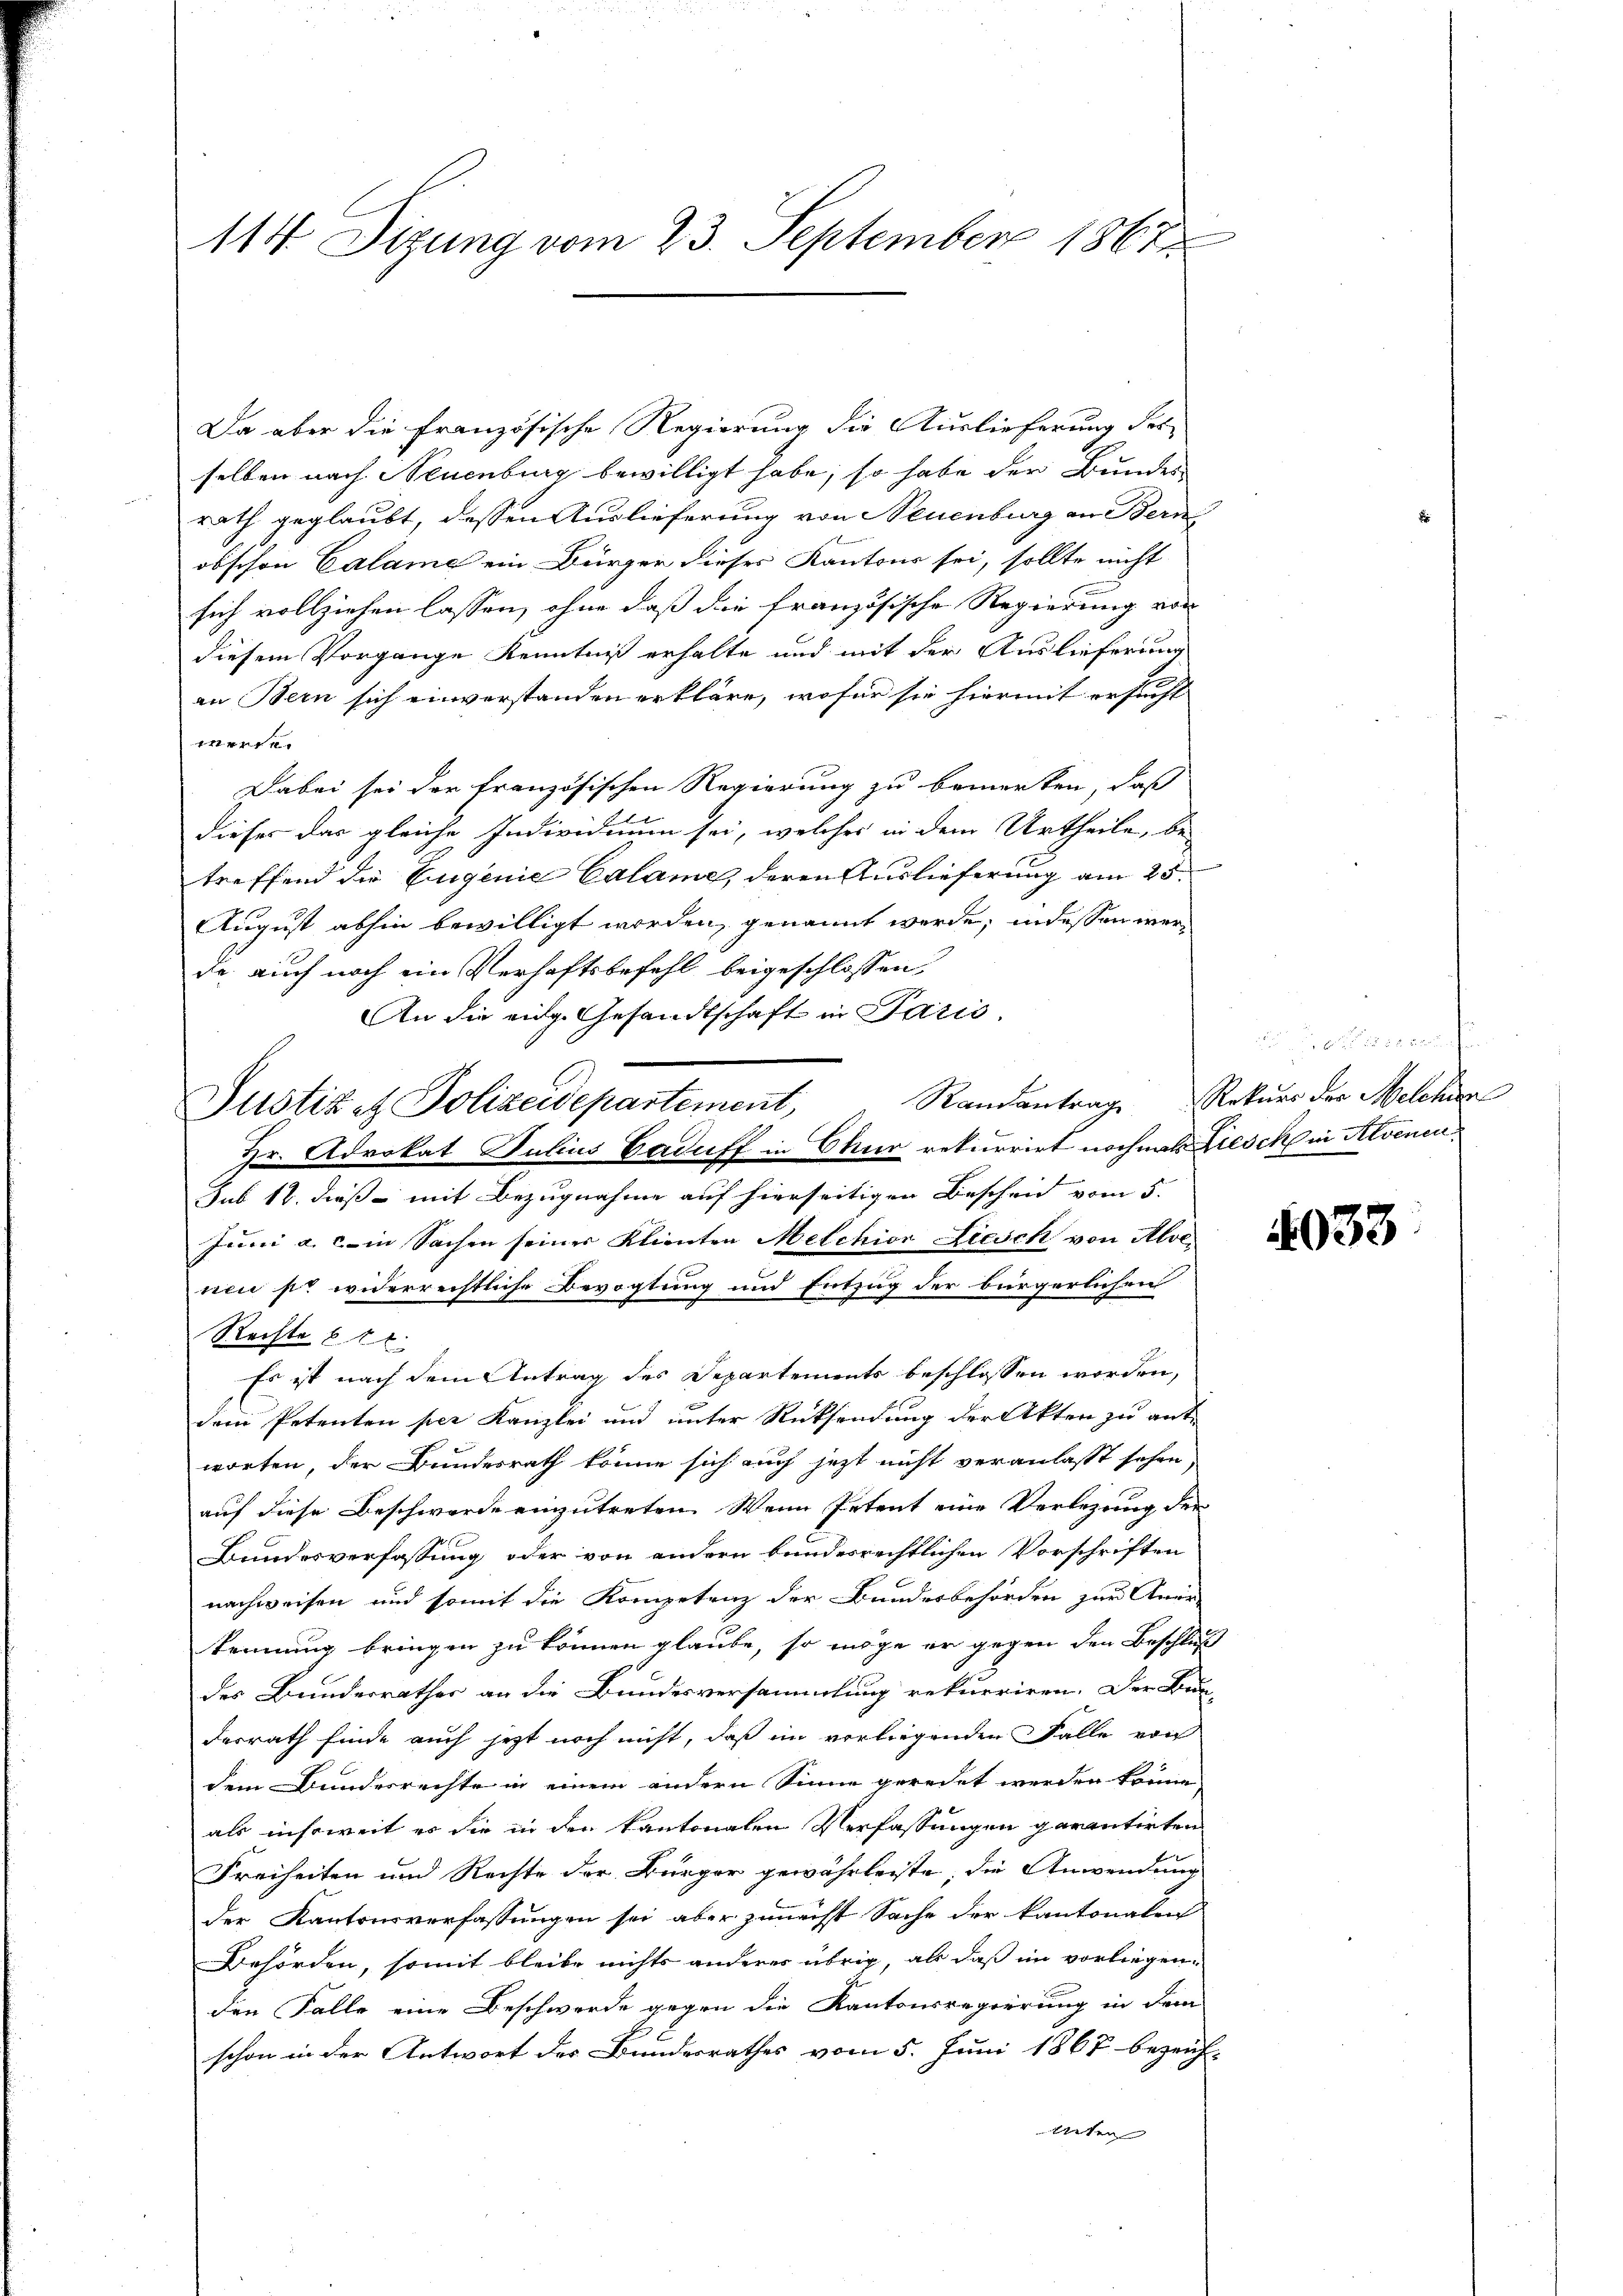
114 Sizung vom 23. September 1867

Da aber die französische Regierung die Auslieferung des
selben nach Neuenburg bewilligt habe; so habe der Bundes
rath geglaubt, dessen Auslieferung von Neuenburg an Bern
obschon Calame ein Bürger dieses Kantons sei, sollte nicht
sich vollziehen lassen, ohne daß die französische Regierung von
diesem Vorgange Kenntniß erhalte und mit der Auslieferung
an Bern sich einverstanden erkläre, wofür sie hiermit ersucht
werde.
Dabei sei der französischen Regierung zu bemerken, daß
dieser das gleiche Individuum sei, welches in dem Urtheile, be-
treffend die Eigenie Calame, deren Auslieferung am 25.
August abhin bewilligt worden, genannt werde, in dessen werde auch noch ein Verhaftsbefehl beigeschlossen,
An die eine Gesandtschaft in Paris
Randantrag
Hr. Advokat Julius Gaduff in Chur rekurrirt nochmals Klesch in Alvenen
sub 18. dieß mit Bezugnahme auf hierseitigen Bescheid vom 5.
Juni a. c. in Sachen seiner Klienten Melchion Liesch von Alve
nen so widerrechtliche Bevogtung und Entzug der bürgerlichen
Rechte b
Es ist nach dem Antrag des Departements beschlossen worden,
dem Petenten per Kanzlei und unter Rücksendung der Akten zu ant-
worten, der Bundesrath könne sich auch jetzt nicht veranlasst sehen,
auf diese Beschwerde einzutreten. Wenn Petent eine Verlegung der
Bundesverfassung oder von andern bundesrechtlichen Vorschriften
nachweisen und somit die Kompetenz der Bundesbehörden zur Aner-
kennung bringen zu können glaube, so möge er gegen den Beschluß
des Bundesrathes an die Bundesversammlung rekurriren. Der Bun-
desrath finde auch jetzt noch nicht, daß im vorliegenden Falle von
dem Bundesrechte in einem andern Sinne geredet werden könne,
als insoweit es die in den kantonalen Verfassungen garantirten
Freiheiten und Rechte der Bürger gewährleiste, die Anwendung
der Kantonsverfassungen sei aber zunächst Sache der kantonalen
Behörden, somit bleibe nichts anderes übrig, als daß im vorliegenden Falle eine Beschwerde gegen die Kantonsregierung in dem
schon in der Antwort des Bundesrathes vom 5. Juni 1867 bezeich-
bieten

Justiz et Polizeidepartement,

und der den für
Rekurs der Melchen

4033